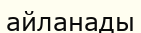
айланады